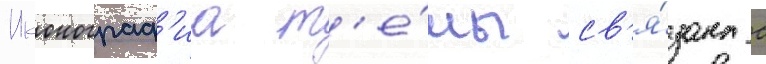
Иконограф'иа т'е́мы св'я́зана с